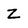
Character: Z